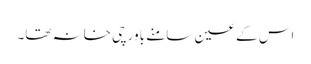
اس کے عین سامنے باورچی خانہ تھا۔